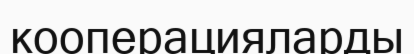
кооперацияларды